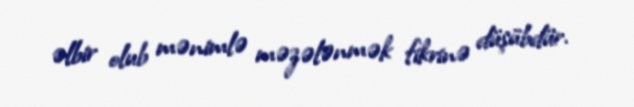
əlbir olub mənimlə məzələnmək fikrinə düşübdür.